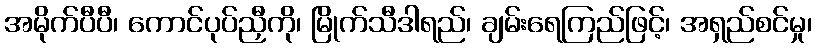
အမိုက်ပီပီ၊ ကောင်ပုပ်ညှီကို၊ မြိုက်သီဒါရည်၊ ချမ်းရေကြည်ဖြင့်၊ အရှည်စင်မှု၊